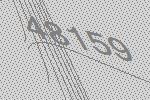
48159